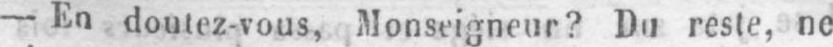
- En doutez-vous, Monseigneur? Du reste, ne